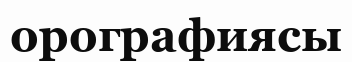
орографиясы